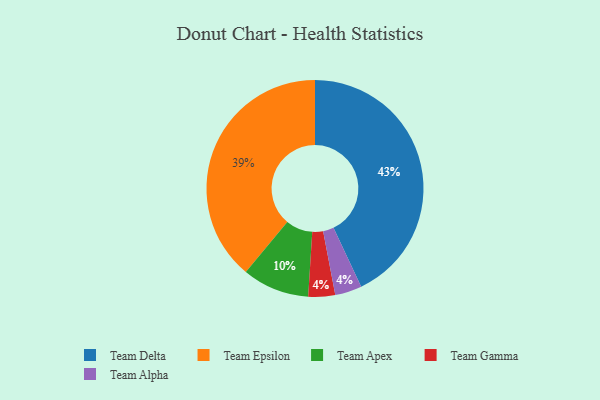
{"axis": {"x": "Category", "y": "Percentage"}, "legend": ["Team Alpha", "Team Apex", "Team Delta", "Team Epsilon", "Team Gamma"], "data": [{"x": "Team Gamma", "y": 4, "type": "Team Gamma"}, {"x": "Team Alpha", "y": 4, "type": "Team Alpha"}, {"x": "Team Apex", "y": 10, "type": "Team Apex"}, {"x": "Team Delta", "y": 43, "type": "Team Delta"}, {"x": "Team Epsilon", "y": 39, "type": "Team Epsilon"}]}